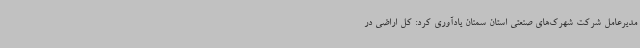
مدیرعامل شرکت شهرک‌های صنعتی استان سمنان یادآوری کرد: کل اراضی در